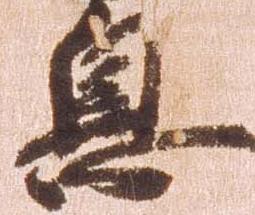
息